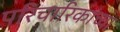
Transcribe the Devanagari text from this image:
परिचारिकांच्या